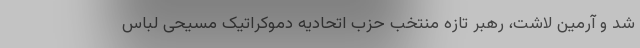
شد و آرمین لاشت، رهبر تازه منتخب حزب اتحادیه دموکراتیک مسیحی لباس